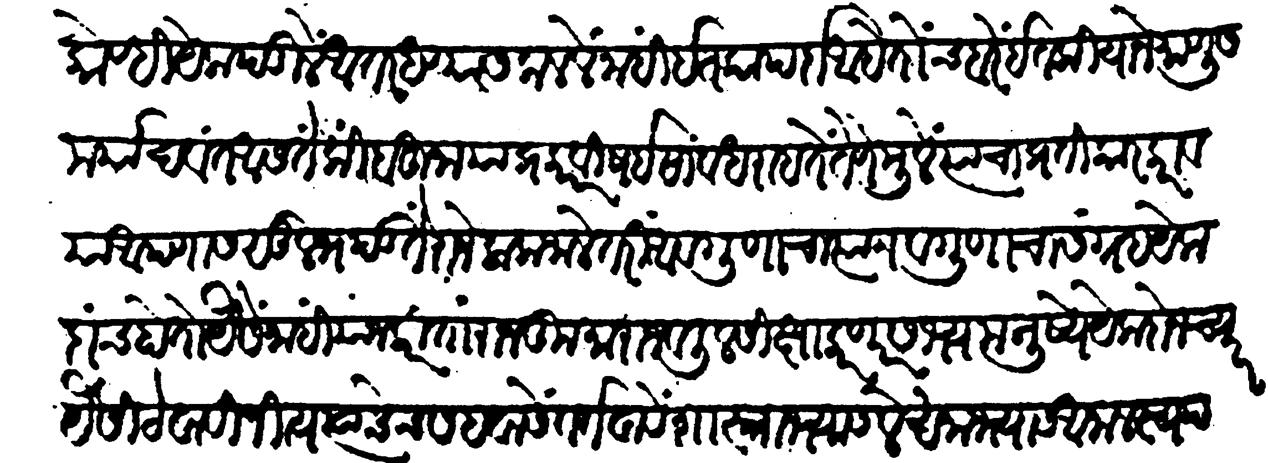
Transliteration (Devanagari): कोण्ही येक पडिलें अंतर धण्यास कळलें नाहीं इतका पर्दा आहे तोंच बरें इतकियाने माणूस मर्यादवंत असतें किंबहुना या प्रकाराविषयीं सावध राहतें तेणेमुळे त्याचा प्रतिकार करावया आपणास सुलभ पडतें राजे लोक जाले तरी आवगुणांचा त्याग व गुणांचा संग्रह येकदांच होतो यैसें नाहीं याजकरितां राजकुमारा जवळील शिक्षा करणार सभ्य मनुष्यें येक दोन च्यार यैसीं ठेवावीं नित्य त्यांचेच सहवासें वर्तवावें शास्त्राभ्यास लेखनाभ्यास अनालस्यपणें